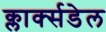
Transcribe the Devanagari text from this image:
क्लार्क्सडेल